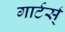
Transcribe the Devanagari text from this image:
गार्टर्स्